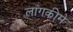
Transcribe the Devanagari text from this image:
लाँगकीमे